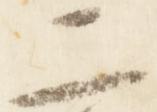
二